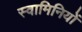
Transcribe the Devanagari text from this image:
स्वामिनियों